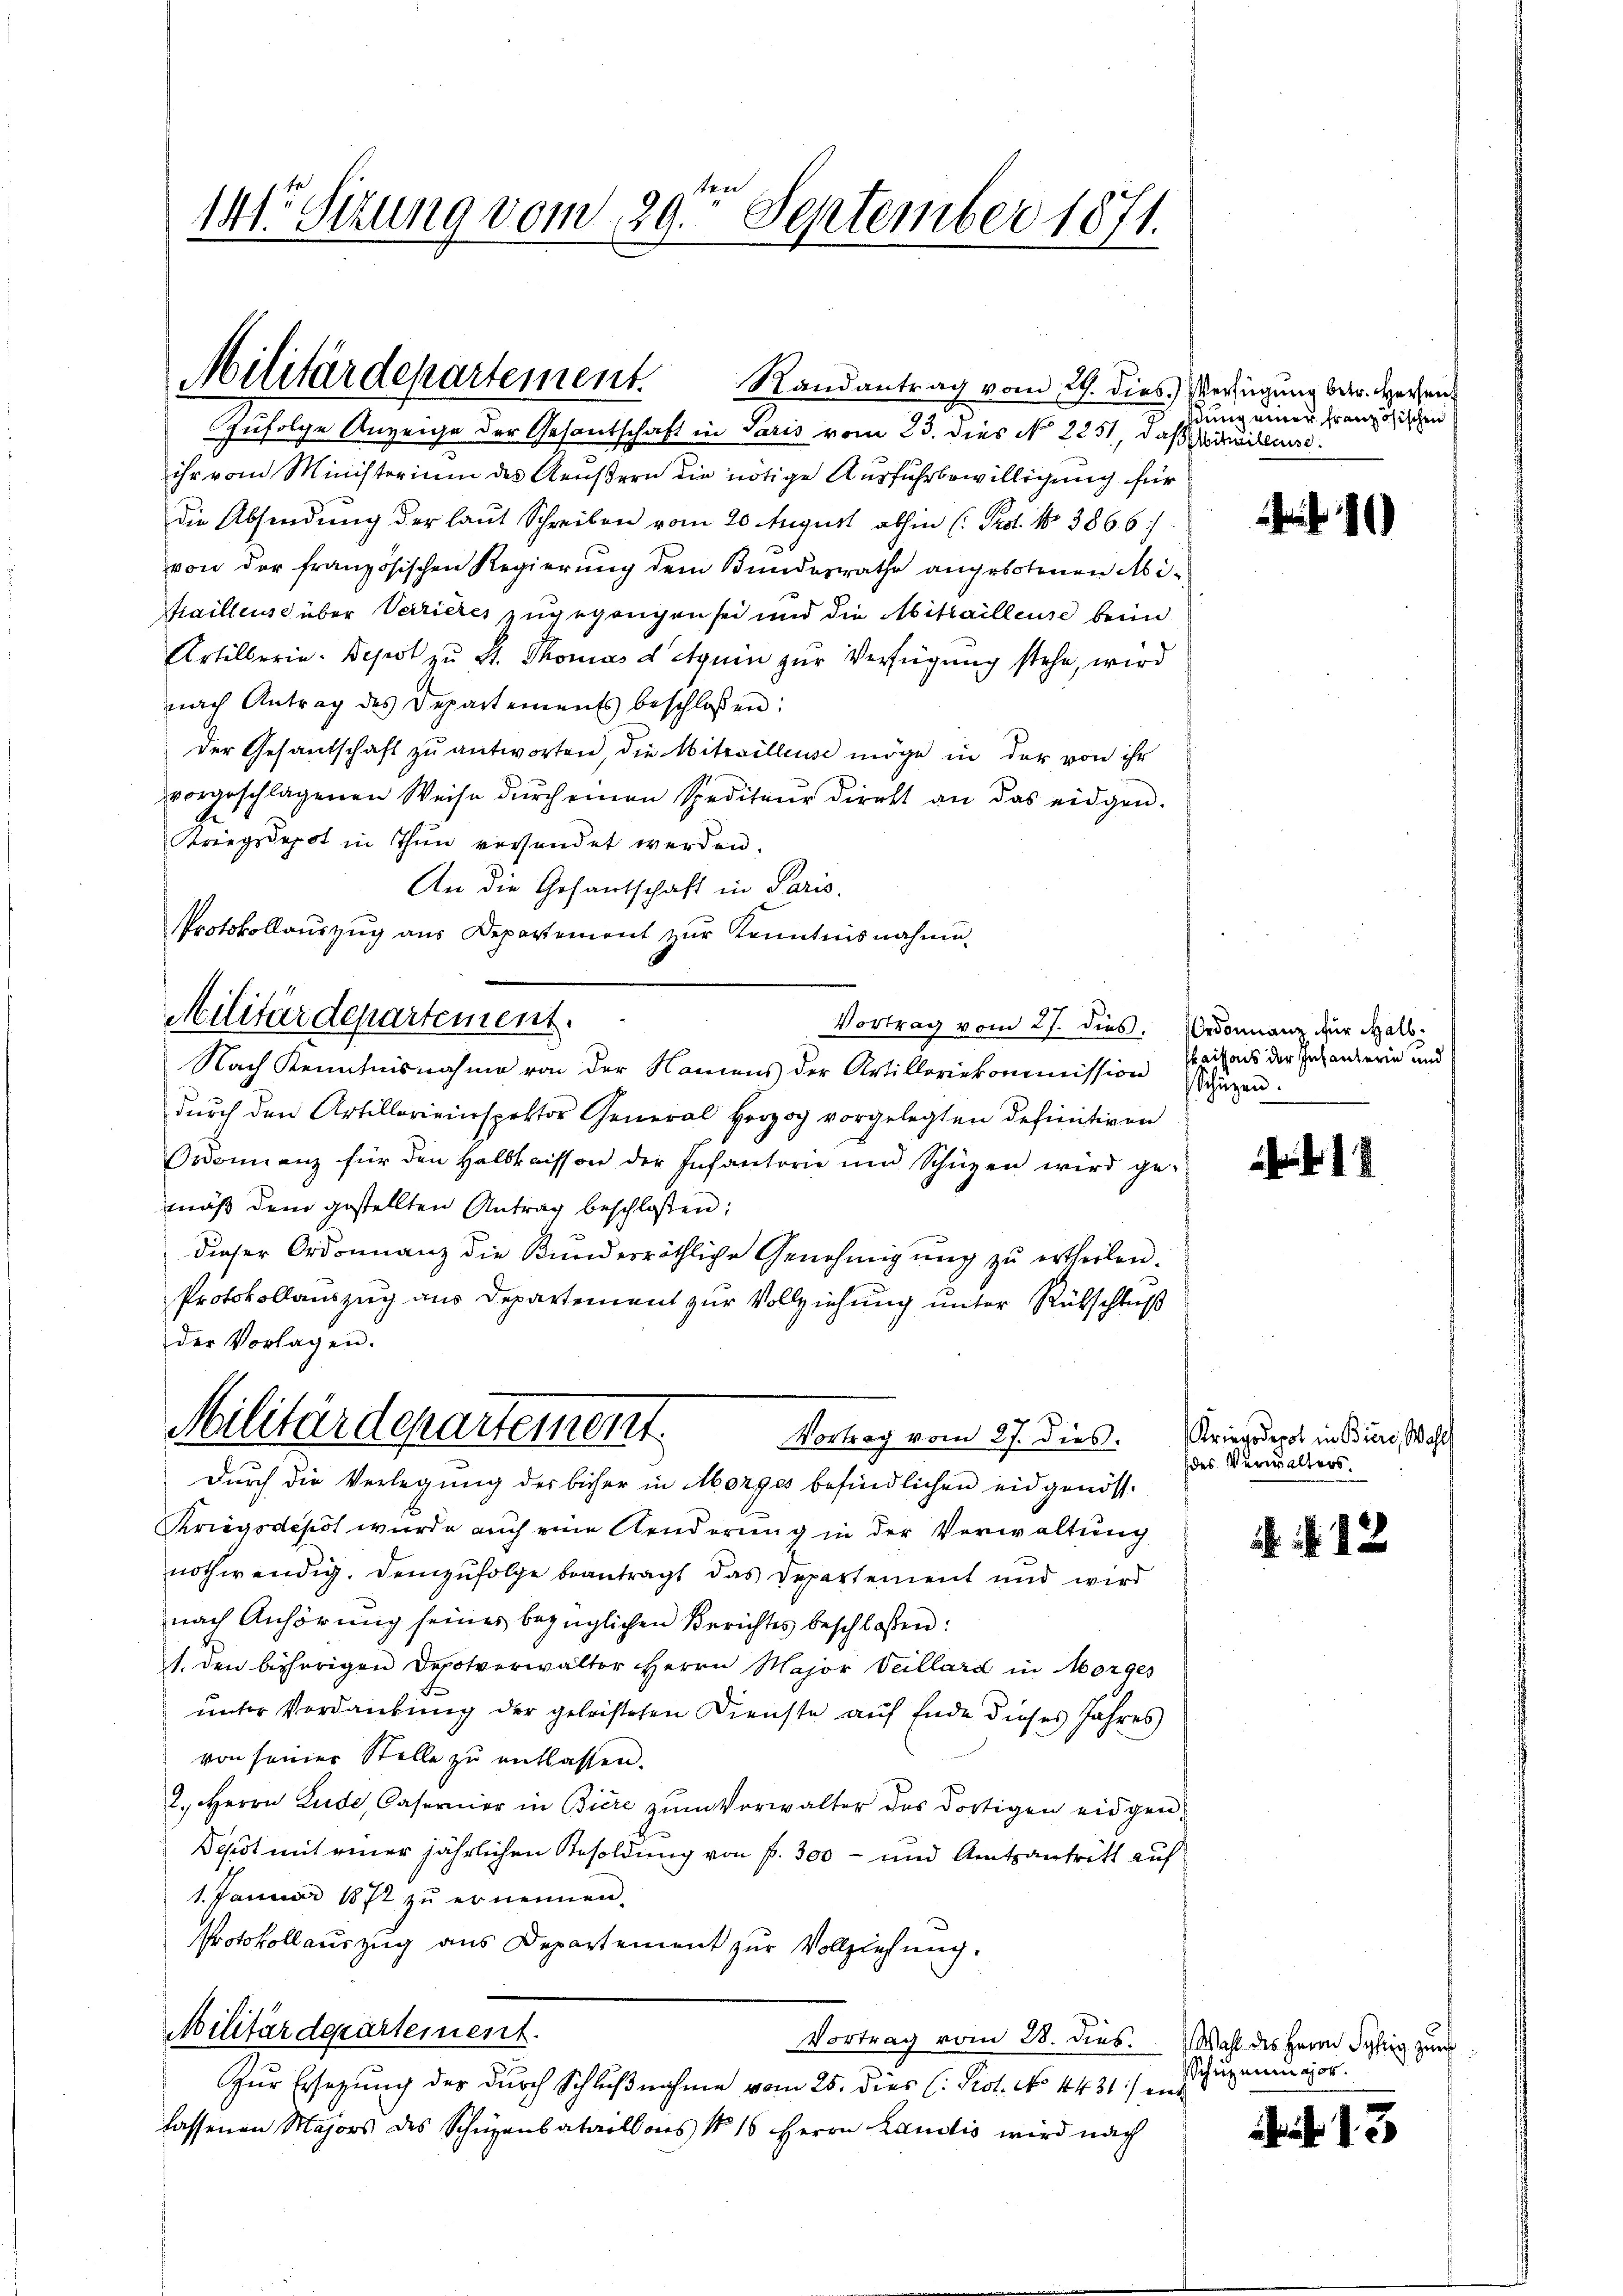
141. Sizung vom 29te͇n September 1871.

Militärdepartement.

Zufolge Anzeige der Gesantschaft in Paris vom 23. dies No 2251, daß Willen.
ihr vom Ministerium des Aeußern die nötige Ausführbewilligung für
die Absendung der laut Schreiben vom 20. August abhin (: Prof. No 3866/
von der französischen Regierung dem Bundesrathe angebotenen Mi¬
Prailleuse über Verrieres zugegangen sei und die Mittailleuse beim
Artillerin. Depot zu St. Thomas d' Agnen zur Verfügung stehe, wird
nach Antrag des Departements beschlossen:
der Gesantschaft zu antworten, die Mitevilleuse möge in der von ihr
vorgeschlagenen Weise dŭrch einen Spediteur direkt an das eidgen.
Kriegsdepot in Thun versendet werden.
An die Gesantschaft in Paris.
Protokollauszug aus Departement zur Kenntnisnahmen
Vortrag vom 27. dies. Ordonnanz für Halb¬
Nach Kenntnisnahme von der Namens der Artilloriekommission Schüren.
durch den Artillereinspektor General Herzog vorgelegten definitiven
Ordonnenz für den Halbtaisson der Infantorie und Schüzen wird ge-
mäß dem gestellten Antrag beschlossen:
dieser Ordonnanz die Kundesräthliche Genehmigung zŭ ertheilen.
Protokollauszug aus Departement zur Vollziehung unter Rückschluß
der Vorlagen.
Militärdepartement
Vortrag vom 27. dies. Kriegsdepot in Biere, Wahl
Durch die Verlegung der bisher in Morges befindlichen eidgenöss-
Kriegsdepot wurde auch eine Aenderung in der Verwaltung
nothwendig. Demzufolge beantragt das Departement und wird
nach Anhörung seines bezüglichen Berichtes beschlossen:
1. den bisherigen Depotverwalter Herrn Major Veillard in Morges
unter Verdankung der geleistehen Dienste auf Ende dieses Jahres
von seiner Stelle zu entlassen.
2. Herrn Lude, Casernier in Biere zum Vorwalter des dortigen eidgen
Depot mit einer jährlichen Resoldung von f. 300 - und Amtsantritt auf
1. Januar 1872 zu ernennen.
Protokollauszug aus Departement zur Vollziehung.
Militärdepartement.
Vortrag vom 28. dies
Zur Ersetzung der durch Schlußnahme vom 25. dies (: Prot. No 1431) ein
lassenen Majors des Schupanbataillons No 16 Herrn Landis wird nach

Militärdepartement.

Randantrag vom 29. dies.) Verfügung betr. Herzen

stung einer französischen

10

Maissais der Infanterin und

des Verwalters.

12

Wahl des Herrn Fähig zum
Schüzemugor.

13